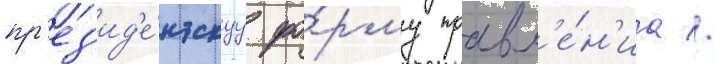
пр'ез'ид'е́нтскуу фо́рму правл'е́н'иа //